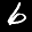
Label: 6